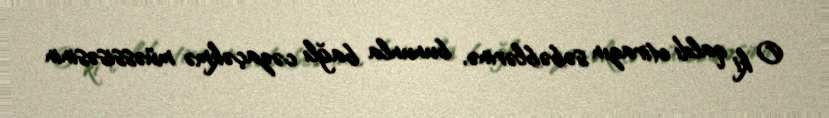
O ki qaldı etirazın səbəblərinə, bununla bağlı cəzaçəkmə müəssisəsinin